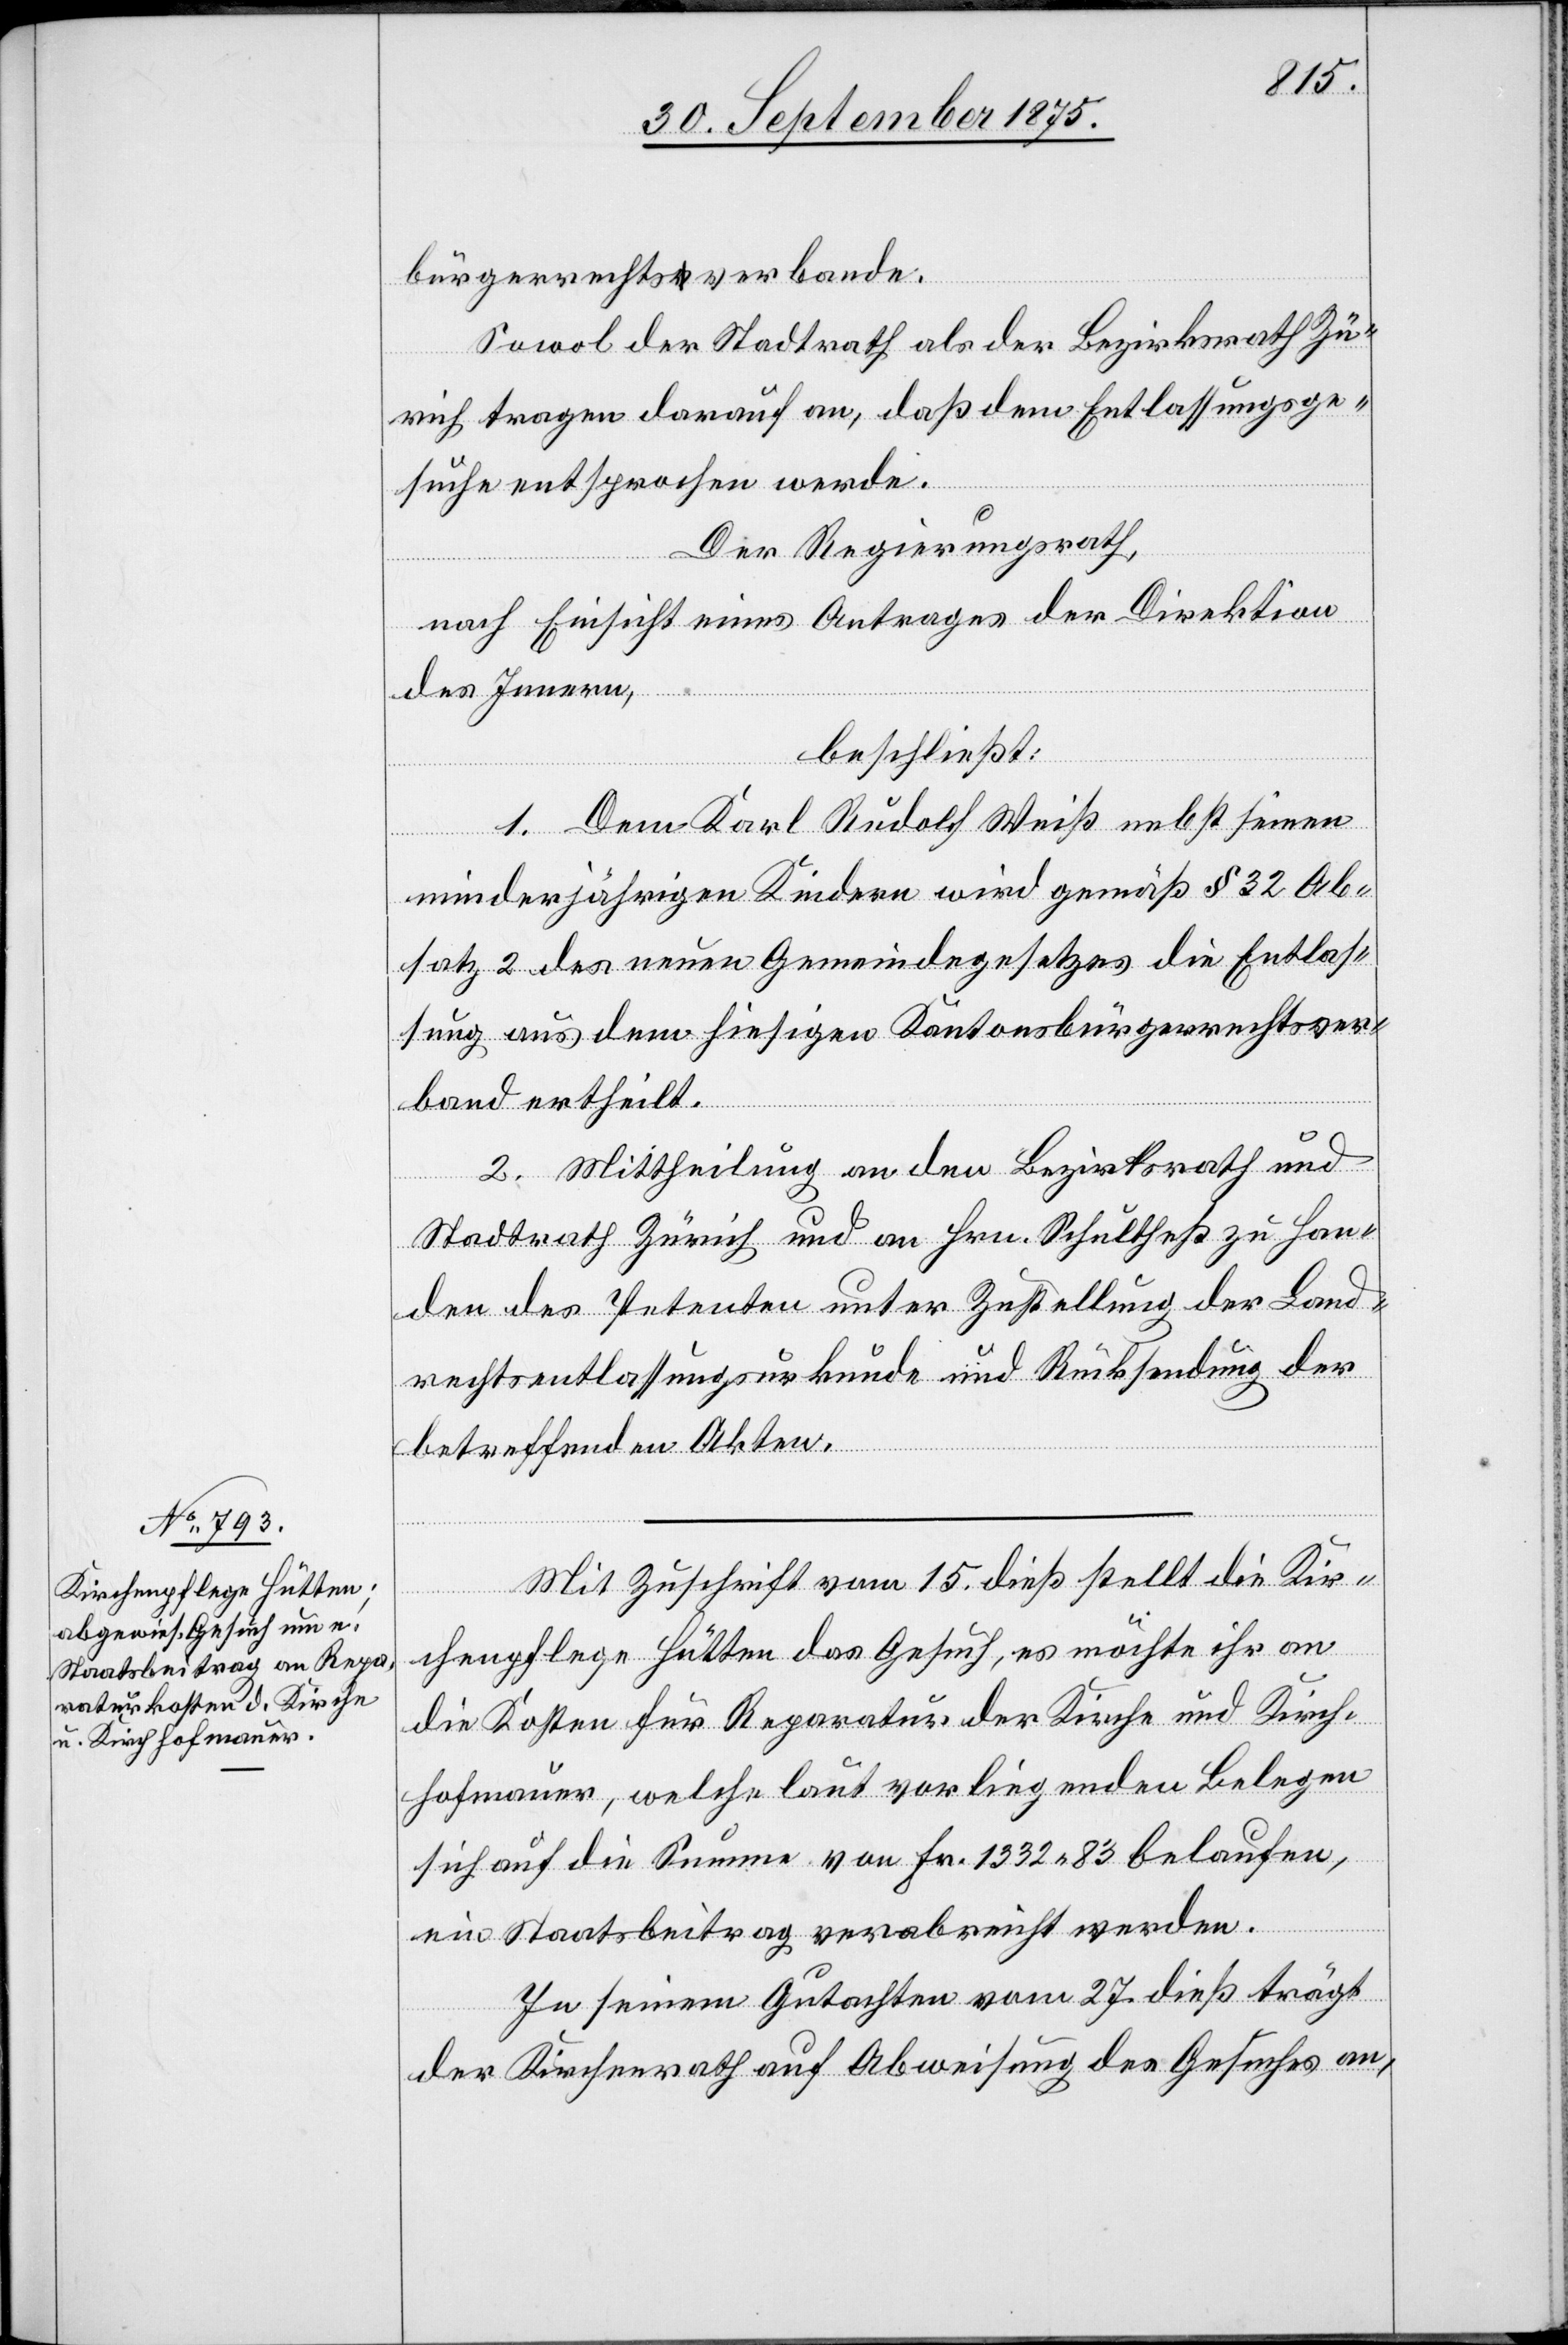
bürgerrechtsverbande.
Sowol der Stadtrath als der Bezirksrath Zü¬
rich tragen darauf an, daß dem Entlassungsge¬
suche entsprochen werde.
Der Regierungsrath,
nach Einsicht eines Antrages der Direktion
des Innern,
beschließt:
1. Dem Karl Rudolf Weiß nebst seinen
minderjährigen Kindern wird gemäß § 32 Ab¬
satz 2 des neuen Gemeindegesetzes die Entlas¬
sung aus dem hiesigen Kantonsbürgerrechtsver¬
band ertheilt.
2. Mittheilung an den Bezirksrath und
Stadtrath Zürich und an Hrn. Schultheß zu Han¬
den des Petenten unter Zustellung der Land¬
rechtsentlassungsurkunde und Rücksendung der
betreffenden Akten.
Mit Zuschrift vom 15. dieß stellt die Kir¬
chenpflege Hütten das Gesuch, es möchte ihr an
die Kosten für Reparatur der Kirche und Kirch¬
hofmauer, welche laut vorliegenden Belegen
sich auf die Summe von Fr. 1332 83 belaufen,
ein Staatsbeitrag verabreicht werden.
In seinem Gutachten vom 27. dieß trägt
der Kirchenrath auf Abweisung des Gesuches an,